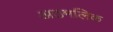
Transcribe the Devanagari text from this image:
अठमलिक